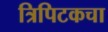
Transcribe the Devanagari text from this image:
त्रिपिटकचा